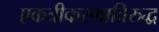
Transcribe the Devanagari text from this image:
एकत्रीकरणाविरुद्ध